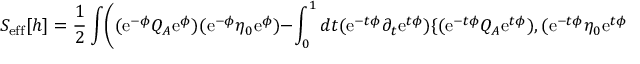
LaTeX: S _ { \mathrm { e f f } } [ h ] = { \frac { 1 } { 2 } } \int \biggl ( ( \mathrm { e } ^ { - \phi } Q _ { A } \mathrm { e } ^ { \phi } ) ( \mathrm { e } ^ { - \phi } \eta _ { 0 } \mathrm { e } ^ { \phi } ) - \int _ { 0 } ^ { 1 } d t ( \mathrm { e } ^ { - t \phi } \partial _ { t } \mathrm { e } ^ { t \phi } ) \{ ( \mathrm { e } ^ { - t \phi } Q _ { A } \mathrm { e } ^ { t \phi } ) , ( \mathrm { e } ^ { - t \phi } \eta _ { 0 } \mathrm { e } ^ { t \phi } ) \} \biggr ) ,